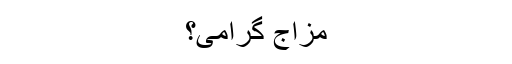
مزاج گرامی؟